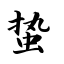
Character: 蛰